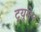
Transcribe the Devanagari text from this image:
ट्र्यूमेन